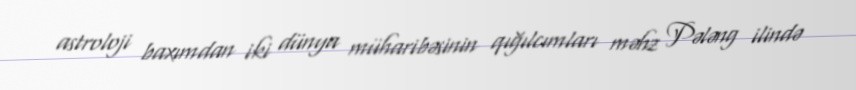
astroloji baxımdan iki dünya müharibəsinin qığılcımları məhz Pələng ilində